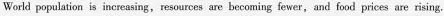
World population is increasing,resources are becoming fewer,and food prices are rising.